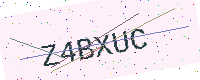
Text: Z4BXUC